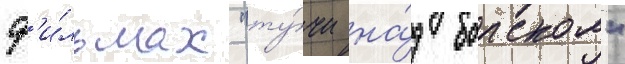
ф'и́льмах "ту́чи на́д борском"